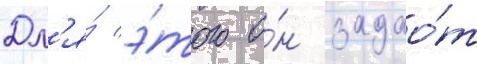
Дл'я́ э́того о́н задао́т